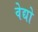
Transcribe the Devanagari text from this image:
वेद्यो